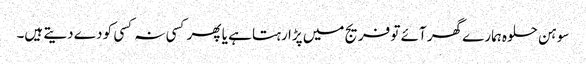
سوہن حلوہ ہمارے گھر آئے تو فریج میں پڑا رہتا ہے یا پھر کسی نہ کسی کو دے دیتے ہیں۔